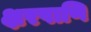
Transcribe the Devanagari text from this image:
क्षरपाणि